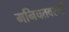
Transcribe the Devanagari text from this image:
मनिचतवरणी